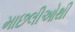
માછલીઓથી